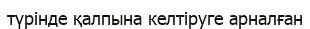
түрінде қалпына келтіруге арналған